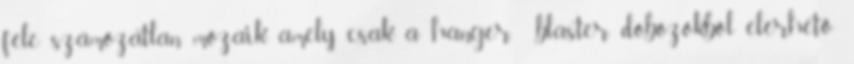
féle számozatlan mozaik, amely csak a hanger blaster dobozokból elérhető: